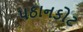
પઠાનકોટ